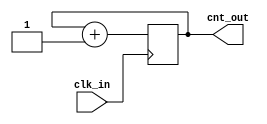
`timescale 1ns / 1ps
//////////////////////////////////////////////////////////////////////////////////
// Company: 
// Engineer: 
// 
// Design Name: 
// Module Name: counter_2bit
// Project Name: 
// Target Devices: 
// Tool Versions: 
// Description: 
// 
// Dependencies: 
// 
// Revision:
// Revision 0.01 - File Created
// Additional Comments:
// 
//////////////////////////////////////////////////////////////////////////////////


module counter_2bit
#(parameter DATA_WID =2)
( clk_in , cnt_out  );


input clk_in ;
output reg[DATA_WID-1:0]  cnt_out ; 


always @ (posedge clk_in)
 begin
  cnt_out <= cnt_out+1'b1 ;
  end
endmodule